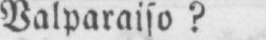
Valparaiso?